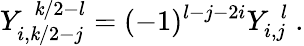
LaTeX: Y_{i,\mathit{k}/2-j}^{~~\mathit{k}/2-l}=(-1)^{l-j-2i}Y_{i,j}^{~~l}~.